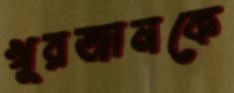
খুরজানকে